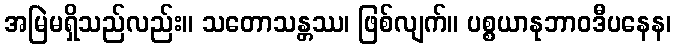
အမြဲမရှိသည်လည်း။ သတောသန္တဿ၊ ဖြစ်လျက်။ ပစ္စယာနုဘာဝဒီပနေန၊